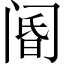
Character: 阍